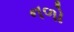
નળો